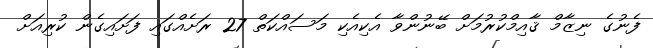
ފެނުގެ ނިޒާމް ޤާއިމްކުރުމަށް ބޭނުންވާ އެކިއެކި މަސައްކަތް 27 ރަށެއްގައި ފަށައިގެން ކުރިއަށް